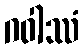
ဂဝါဿံ